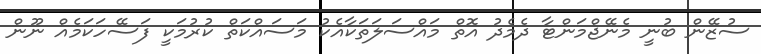
ސުޒޭން ބުނީ މެނޭޖްމަންޓާ ދެމެދު އޮތް މައްސަލަތަކާއެކު މަސައްކަތް ކުރުމަކީ ފަސޭހަކަމެއް ނޫން